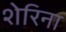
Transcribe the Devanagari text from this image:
शेरिना